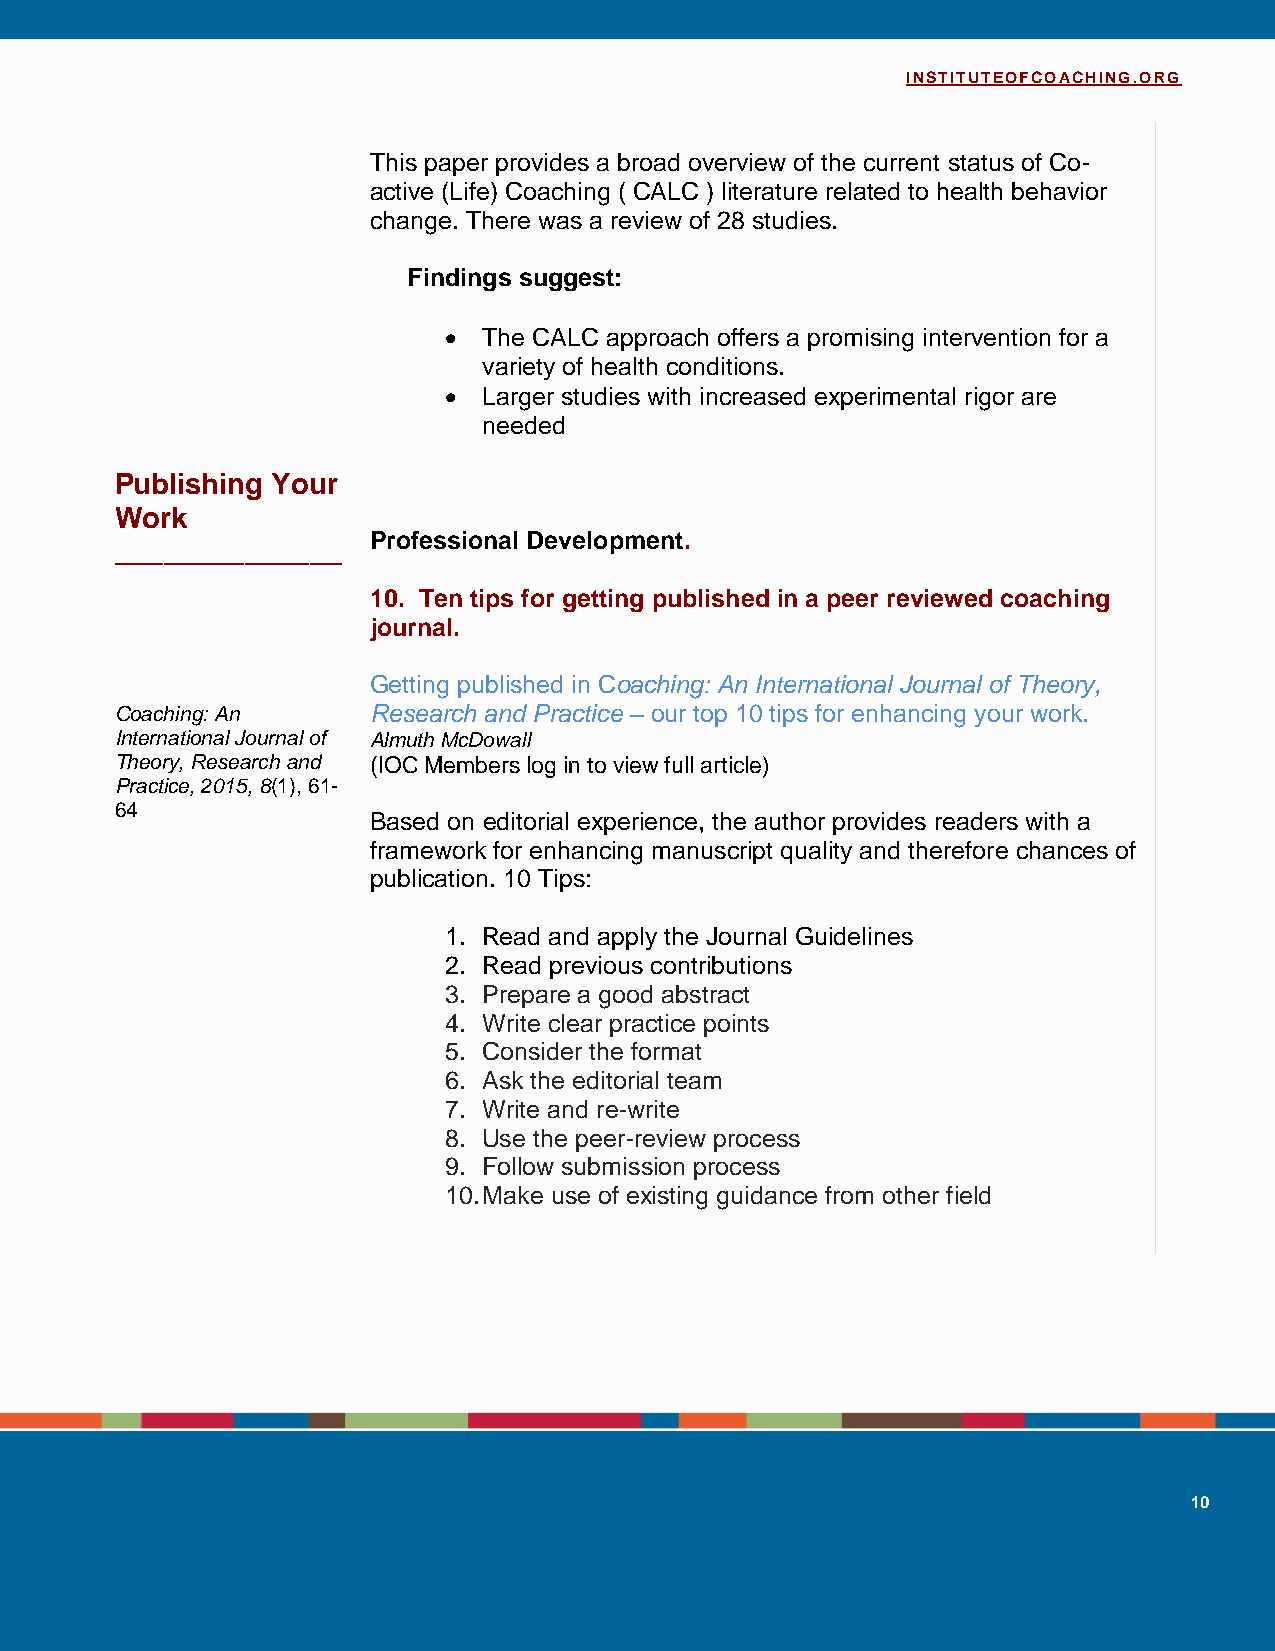
INSTITUTEOFCOACHING.ORG
 This paper provides a broad overview of the current status of Co-
 active (Life) Coaching ( CALC ) literature related to health behavior
 change. There was a review of 28 studies.
 Findings suggest:
   The CALC approach offers a promising intervention for a
 variety of health conditions.
   Larger studies with increased experimental rigor are
 needed
 Publishing Your
 Work
 Professional Development.
 ______________
 10. Ten tips for getting published in a peer reviewed coaching
 journal.
 Getting published in Coaching: An International Journal of Theory,
 Coaching: An    Research and Practice – our top 10 tips for enhancing your work.
 International Journal of Almuth McDowall
 Theory, Research and (IOC Members log in to view full article)
 Practice, 2015, 8(1), 61-
 64
 Based on editorial experience, the author provides readers with a
 framework for enhancing manuscript quality and therefore chances of
 publication. 10 Tips:
 1. Read and apply the Journal Guidelines
 2. Read previous contributions
 3. Prepare a good abstract
 4. Write clear practice points
 5. Consider the format
 6. Ask the editorial team
 7. Write and re-write
 8. Use the peer-review process
 9. Follow submission process
 10. Make use of existing guidance from other field
 10